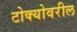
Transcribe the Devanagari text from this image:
टोक्योवरील